Bréfritari: Kristín Finnsdóttir
Viðtakandi: Jón Borgfirðings Jónsson
Dagsetning: A-1887-11-26
Skrifað á: Lónshúsum í Garði  ath

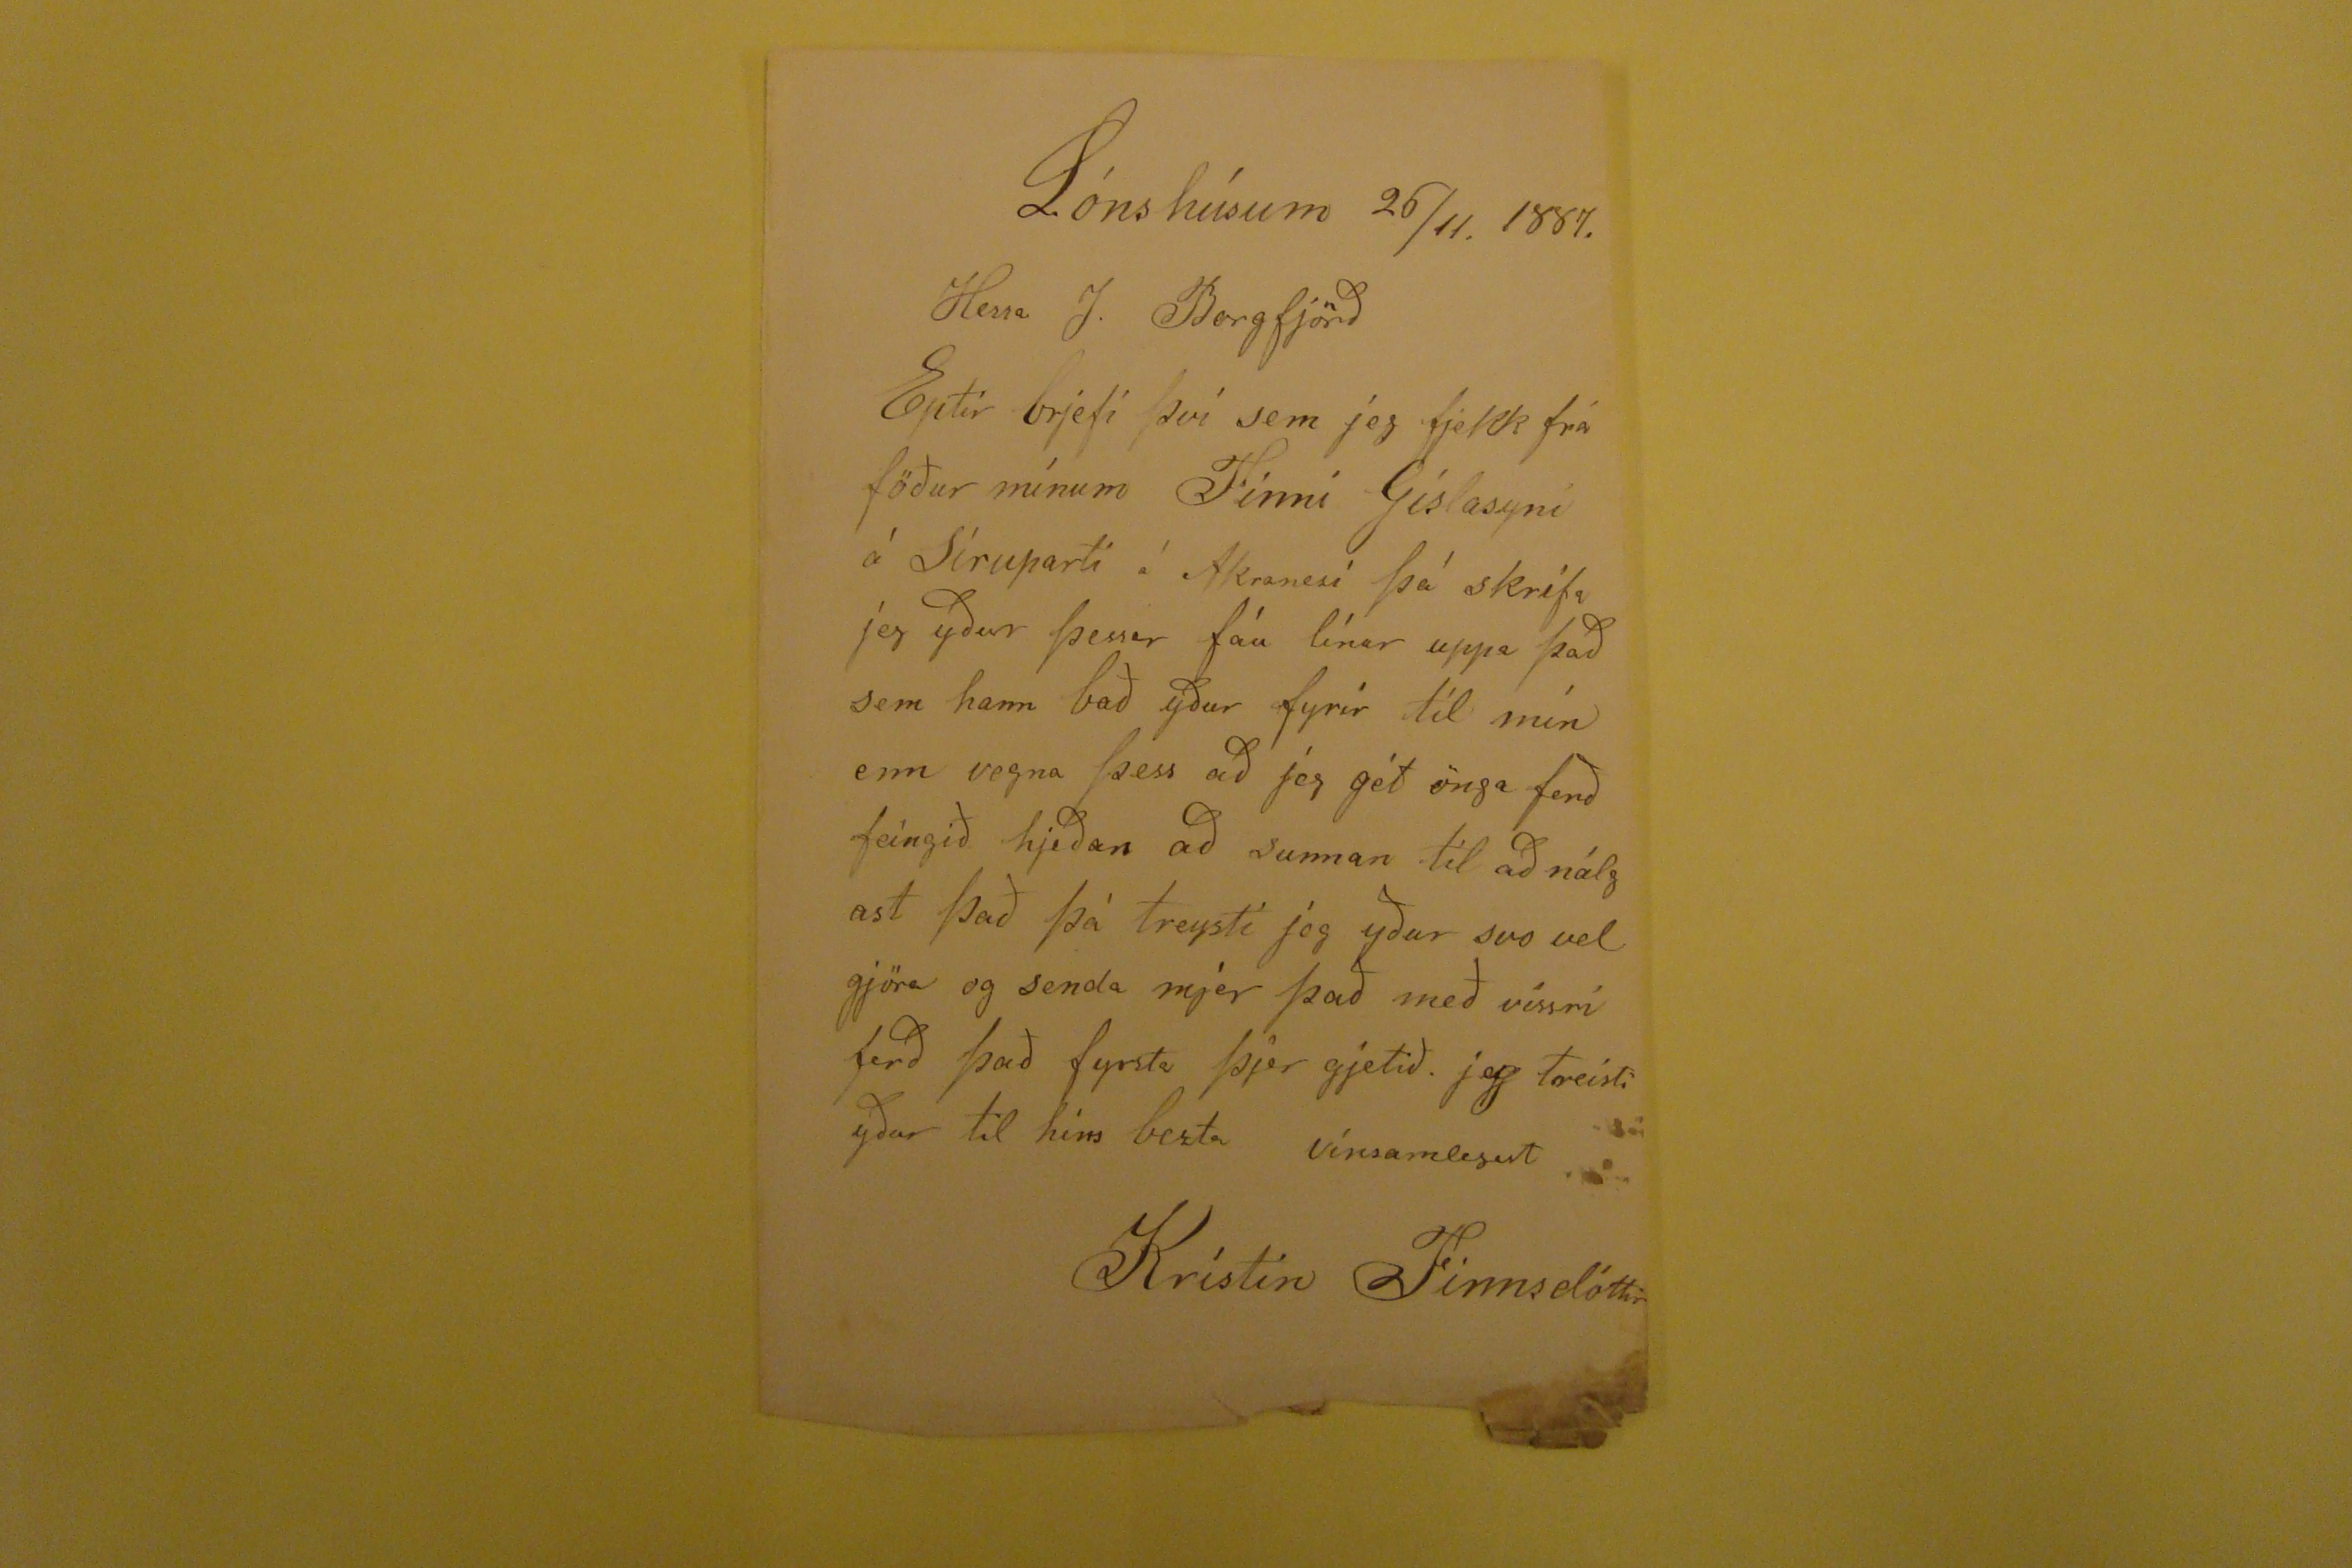

Lónshúsum 26/11. 1887.
Herra J. Borgfjörð
Eptir brjefi því sem jeg fjekk frá föður mínum Finni Gíslasyni á Síruparti á Akranesi þá skrifa jeg yður þessar fáu línur uppa það sem hann bað yður fyrir til mín enn vegna þess að jeg gét önga ferð feingið hjeðan að sunnan til að nálgast það þá treysti jeg yður svo vel gjöra og senda mjer það með vissri ferð það fyrsta þjer gjetið. jeg treisti yður til hins bezta
Vinsamlegast
Krístin Finnsdóttir